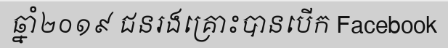
ឆ្នាំ២០១៩ ជនរងគ្រោះបានបើក Facebook